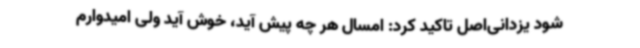
شود یزدانی‌اصل تاکید کرد: امسال هر چه پیش آید، خوش آید ولی امیدوارم